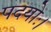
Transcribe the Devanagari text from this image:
पदयोः।